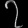
Digit: ၇